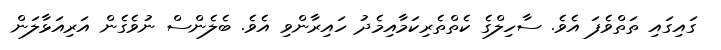
ގައިގައި ތަތްވެފަ އެވެ. ސާހިލްގެ ކެތްތެރިކަމާއިމެދު ހައިރާންވި އެވެ. ބެލެންސް ނުވެގެން އަރިއަޅާލަން